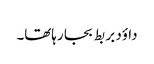
داؤد بر بط بجا رہاتھا۔